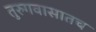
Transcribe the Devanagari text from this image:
तुरुगवासातच